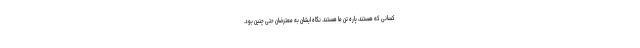
کسانی که هستند، پاره تن ما هستند. نگاه ایشان به معترضان حتی چنین بود.